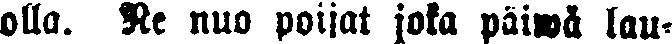
olla. Ne nuo poijat joka päiwä lau-